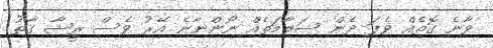
ވާނެ ގޮތެއް ވެފަ ދެން ސަލާމަތެއް ނޯންނާނެ އޭރު ވެސް ރީޝާ ގާތު